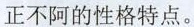
正不阿的性格特点。